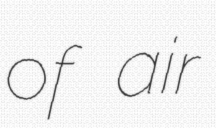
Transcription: of air